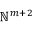
\mathbb { N } ^ { m + 2 }